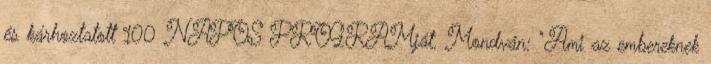
és kárhoztatott 100 NAPOS PROGRAMját. Mondván: "Ami az embereknek